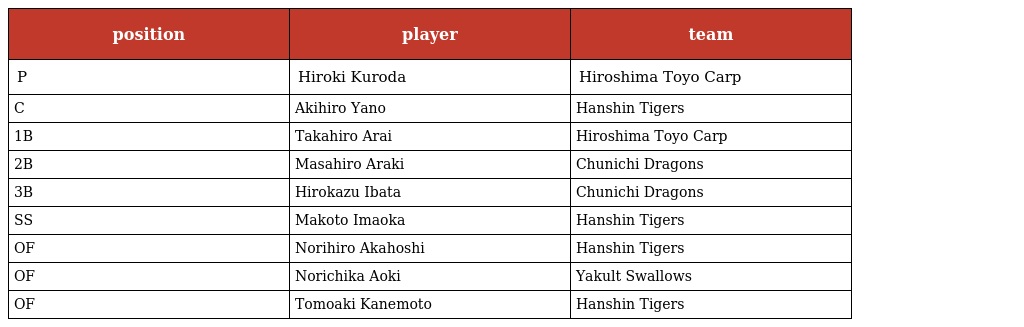
| position | player | team |
 | --- | --- | --- |
 | P | Hiroki Kuroda | Hiroshima Toyo Carp |
 | C | Akihiro Yano | Hanshin Tigers |
 | 1B | Takahiro Arai | Hiroshima Toyo Carp |
 | 2B | Masahiro Araki | Chunichi Dragons |
 | 3B | Hirokazu Ibata | Chunichi Dragons |
 | SS | Makoto Imaoka | Hanshin Tigers |
 | OF | Norihiro Akahoshi | Hanshin Tigers |
 | OF | Norichika Aoki | Yakult Swallows |
 | OF | Tomoaki Kanemoto | Hanshin Tigers |